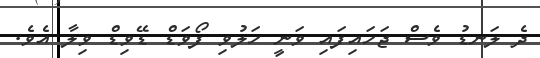
ދެ ލަނޑު ވެސް ޖަހައިފައި ވަނީ ހަލުވި ފޯވަޑް ޑޭވިޑް ވިލާ އެވެ.